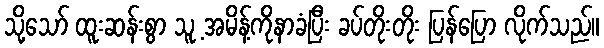
သို့သော် ထူးဆန်းစွာ သူ့ အမိန့်ကိုနာခံပြီး ခပ်တိုးတိုး ပြန်ပြော လိုက်သည်။